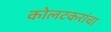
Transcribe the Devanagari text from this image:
कोलटकरांचा